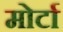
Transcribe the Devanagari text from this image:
मोर्टा